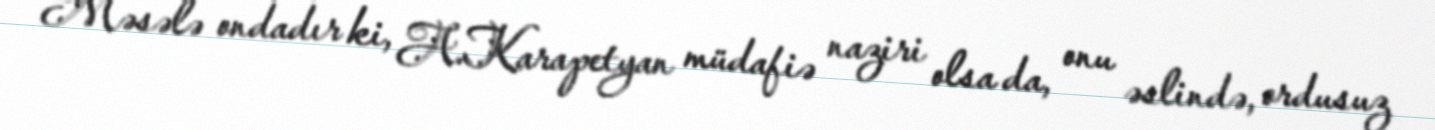
Məsələ ondadır ki, A.Karapetyan müdafiə naziri olsa da, onu əslində, ordusuz